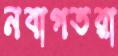
নবাগতরা